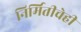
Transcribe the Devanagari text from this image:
निर्मितीचेही